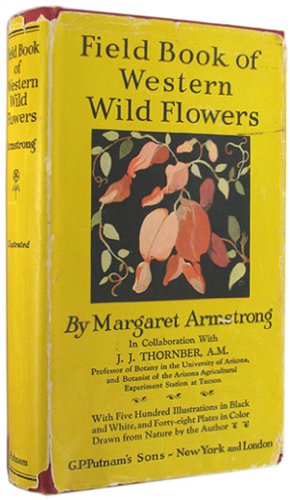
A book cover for Field Book of Western Wild Flowers; Margaret Armstrong; Crafts, Hobbies & Home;